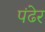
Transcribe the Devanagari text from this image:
पंढेर